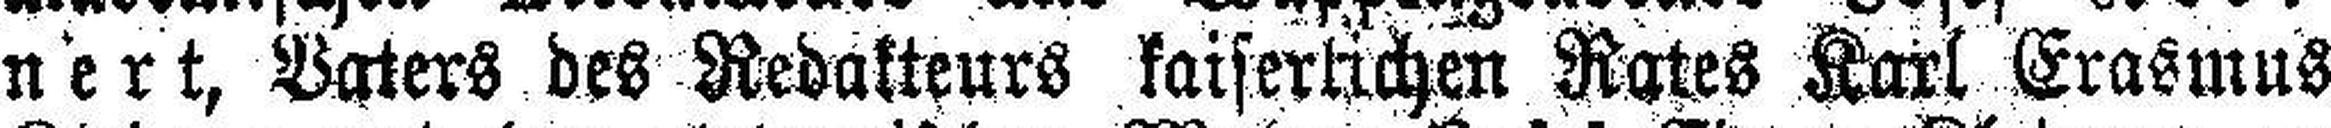
nert, Vaters des Redakteurs kaiserlichen Rates Karl Erasmus